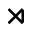
\rtimes